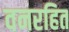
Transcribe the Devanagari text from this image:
वनरहित